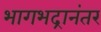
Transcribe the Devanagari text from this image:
भागभद्रानंतर